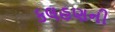
કલહણની